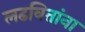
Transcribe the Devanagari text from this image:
लढवितांना